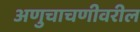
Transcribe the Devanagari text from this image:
अणुचाचणीवरील